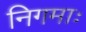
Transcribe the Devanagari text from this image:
निगमाः